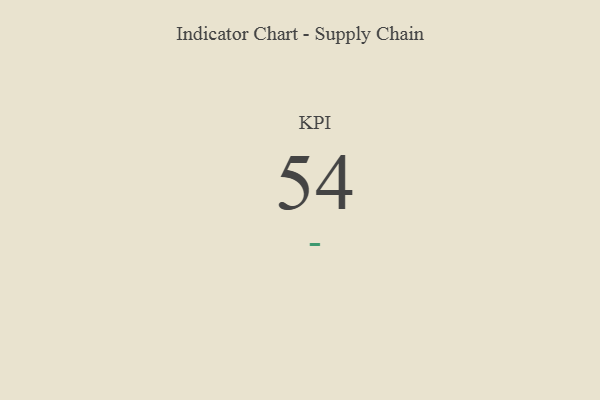
{"axis": {"x": "KPI", "y": "Value"}, "legend": [""], "data": [{"x": "KPI", "y": 54, "type": ""}]}